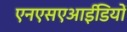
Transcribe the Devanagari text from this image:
एनएसएआईडियों